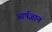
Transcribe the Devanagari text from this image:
आर्षज्ञान